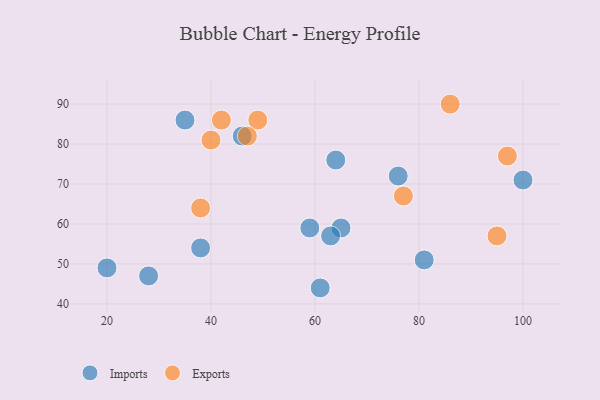
{"axis": {"x": "GDP", "y": "Life Expectancy"}, "legend": ["Exports", "Imports"], "data": [{"x": "20", "y": 49, "type": "Imports"}, {"x": "81", "y": 51, "type": "Imports"}, {"x": "28", "y": 47, "type": "Imports"}, {"x": "65", "y": 59, "type": "Imports"}, {"x": "76", "y": 72, "type": "Imports"}, {"x": "46", "y": 82, "type": "Imports"}, {"x": "59", "y": 59, "type": "Imports"}, {"x": "100", "y": 71, "type": "Imports"}, {"x": "63", "y": 57, "type": "Imports"}, {"x": "38", "y": 54, "type": "Imports"}, {"x": "64", "y": 76, "type": "Imports"}, {"x": "35", "y": 86, "type": "Imports"}, {"x": "61", "y": 44, "type": "Imports"}, {"x": "49", "y": 86, "type": "Exports"}, {"x": "97", "y": 77, "type": "Exports"}, {"x": "77", "y": 67, "type": "Exports"}, {"x": "95", "y": 57, "type": "Exports"}, {"x": "42", "y": 86, "type": "Exports"}, {"x": "38", "y": 64, "type": "Exports"}, {"x": "86", "y": 90, "type": "Exports"}, {"x": "40", "y": 81, "type": "Exports"}, {"x": "47", "y": 82, "type": "Exports"}]}